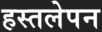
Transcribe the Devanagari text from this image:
हस्तलेपन